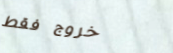
خروج فقط